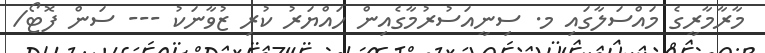
މާރާމާރީގެ މައްސަލާގައި މ. ސިނީއަސުރުމާގެއިން ހައްޔަރު ކުރި ޒުވާނަކު --- ސަން ފޮޓޯ/